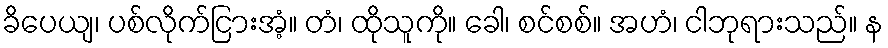
ခိပေယျ၊ ပစ်လိုက်ငြားအံ့။ တံ၊ ထိုသူကို။ ခေါ၊ စင်စစ်။ အဟံ၊ ငါဘုရားသည်။ န